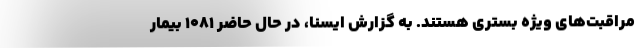
مراقبت‌های ویژه بستری هستند. به گزارش ایسنا، در حال حاضر ۱۰۸۱ بیمار